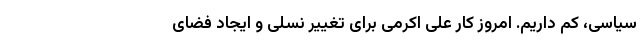
سیاسی، کم داریم. امروز کار علی اکرمی برای تغییر نسلی و ایجاد فضای